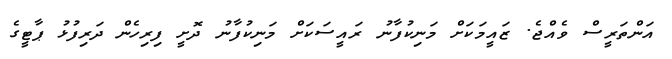
އަންތަރީސް ވެއްޖެ. ޒައީމަކަށް މަނިކުފާނު ރައީސަކަށް މަނިކުފާނު ދޮށީ ފިރިހެން ދަރިފުޅު ޕާޓީގެ